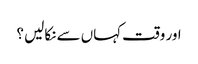
اور وقت کہاں سے نکالیں ؟